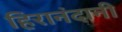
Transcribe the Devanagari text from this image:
हिरानंदानी